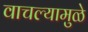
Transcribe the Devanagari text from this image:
वाचल्यामुळे